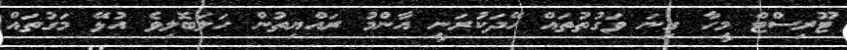
ޓޫރިސްޓް މީހާ ގިނަ ވަގުތުތައް ހޭދަކުރަނީ އާންމު ރައްޔިތުން ހަލަބޮލިވެ އުޅޭ މަގުތައް